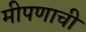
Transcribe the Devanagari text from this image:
मीपणाची